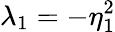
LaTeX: \lambda_{1}=-\eta_{1}^{2}